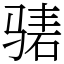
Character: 𬴃